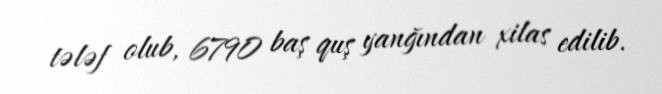
tələf olub, 6790 baş quş yanğından xilas edilib.